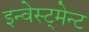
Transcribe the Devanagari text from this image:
इन्वेस्ट्मेन्ट